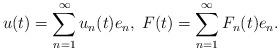
LaTeX: \begin{align*}u(t) = \sum_{n=1}^\infty u_n(t)e_n, \; F(t) = \sum_{n=1}^\infty F_n(t)e_n.\end{align*}